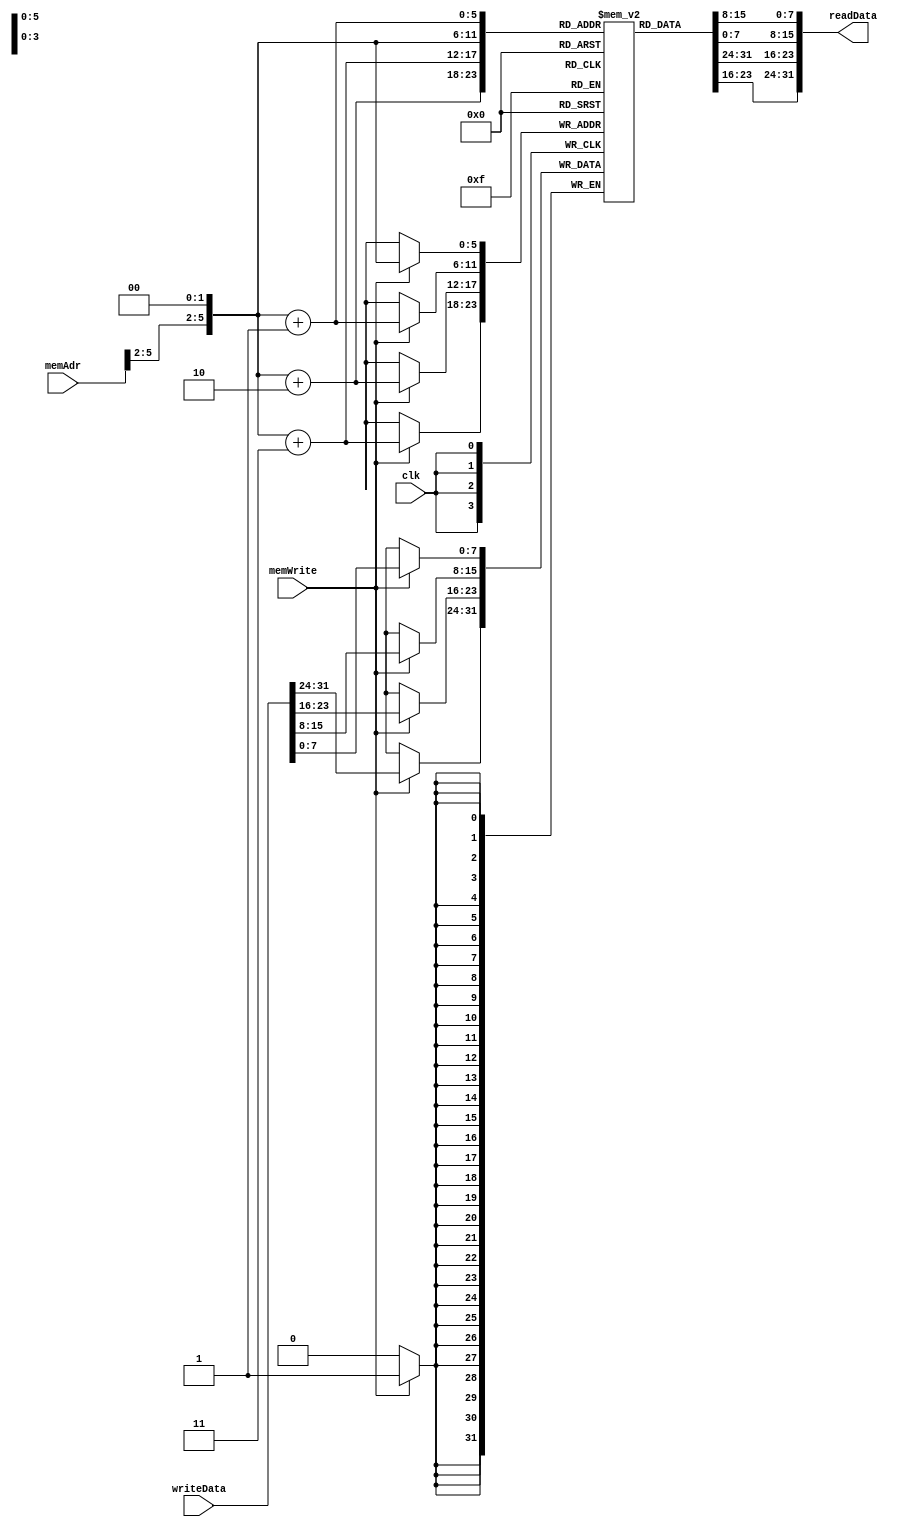
module DataMemory(memAdr, writeData, memWrite, clk, readData);
    parameter N = 32;
    input [31:0] memAdr, writeData;
    input memWrite, clk;

    output [N-1:0] readData;

    reg [7:0] dataMemory [63:0]; 

    wire [31:0] adr;
    assign adr = {memAdr[31:2], 2'b00};

integer i;
	initial begin
		for (i=0; i<=63; i=i+1)
				dataMemory[i] <= 8'd00;
	end

    always @(posedge clk) begin
        if(memWrite)
            {dataMemory[adr + 3], dataMemory[adr + 2], 
                dataMemory[adr + 1], dataMemory[adr]} <= writeData;
    end

    assign readData = {dataMemory[adr + 3], dataMemory[adr + 2], 
                        dataMemory[adr + 1], dataMemory[adr]};

endmodule